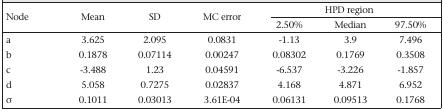
| <ROWSPAN=2> Node | <ROWSPAN=2> Mean | <ROWSPAN=2> SD | <ROWSPAN=2> MC error | <COLSPAN=3> HPD region |
 | 2.50% | Median | 97.50% |
 | --- | --- | --- | --- | --- | --- | --- |
 | a | 3.625 | 2.095 | 0.0831 | -1.13 | 3.9 | 7.496 |
 | b | 0.1878 | 0.07114 | 0.00247 | 0.08302 | 0.1769 | 0.3508 |
 | c | -3.488 | 1.23 | 0.04591 | -6.537 | -3.226 | -1.857 |
 | d | 5.058 | 0.7275 | 0.02837 | 4.168 | 4.871 | 6.952 |
 | σ | 0.1011 | 0.03013 | 3.61E-04 | 0.06131 | 0.09513 | 0.1768 |